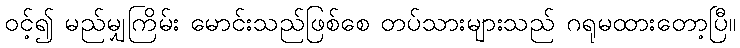
ဝင့်၍ မည်မျှကြိမ်း မောင်းသည်ဖြစ်စေ တပ်သားများသည် ဂရုမထားတော့ပြီ။